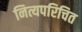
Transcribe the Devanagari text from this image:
नित्यपरिचित